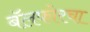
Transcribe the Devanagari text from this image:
बॅलफोरचा